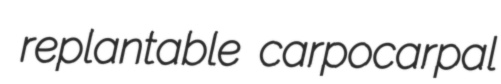
replantable carpocarpal